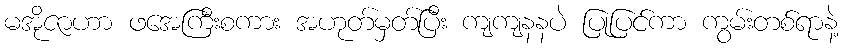
မအိုဇာဟာ ဖအေကြီးစကား အဟုတ်မှတ်ပြီး ကျကျနနပဲ ပြုပြင်ကာ ကွမ်းတစ်ရာနဲ့